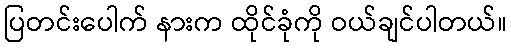
ပြတင်းပေါက် နားက ထိုင်ခုံကို ဝယ်ချင်ပါတယ်။